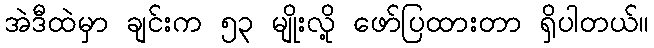
အဲဒီထဲမှာ ချင်းက ၅၃ မျိုးလို့ ဖော်ပြထားတာ ရှိပါတယ်။